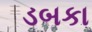
ડબકા